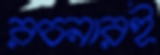
রচনারই